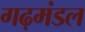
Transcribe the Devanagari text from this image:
गढ़मंडल